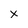
Character: x